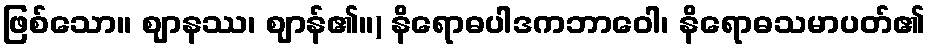
ဖြစ်သော။ ဈာနဿ၊ ဈာန်၏။) နိရောဓပါဒကဘာဝေါ၊ နိရောဓသမာပတ်၏